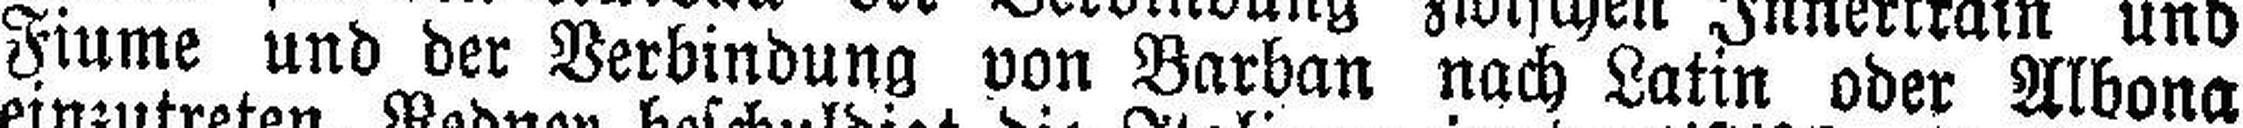
Fiume und der Verbindung von Barban nach Latin oder Albona